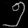
Digit: ၅